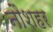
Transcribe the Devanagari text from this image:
नौशहर